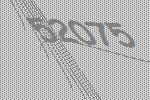
52075